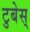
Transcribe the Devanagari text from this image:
टुबेस्